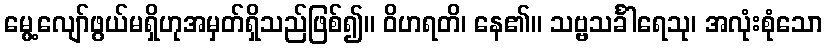
မွေ့လျော်ဖွယ်မရှိဟုအမှတ်ရှိသည်ဖြစ်၍။ ဝိဟရတိ၊ နေ၏။ သဗ္ဗသင်္ခါရေသု၊ အလုံးစုံသော